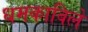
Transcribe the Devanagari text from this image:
धमकाविले